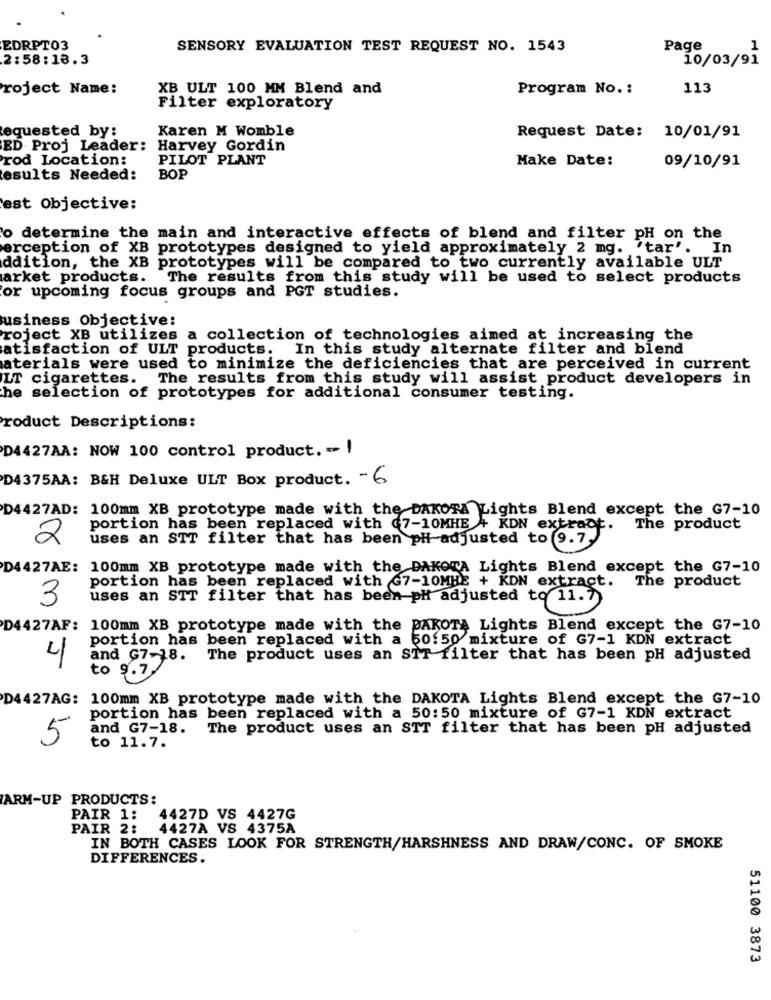
EDRPT03
SENSORY EVALUATION TEST REQUEST NO. 1543
Page
2:58:18.3
10/03/91
roject Name:
XB ULT 100 MM Blend and
Program No. :
113
Filter exploratory
Requested by:
Karen M Womble
Request Date: 10/01/91
ED Proj Leader:
Harvey Gordin
rod Location:
PILOT PLANT
Make Date:
09/10/91
esults Needed:
BOP
est Objective:
o determine the main and interactive effects of blend and filter pH on the
erception of XB prototypes designed to yield approximately 2 mg. "tar'. In
ddition, the XB prototypes will be compared to two currently available ULT
arket products.
The results from this study will be used to select products
or upcoming focus groups and PGT studies.
usiness Objective:
roject XB utilizes a collection of technologies aimed at increasing the
atisfaction of ULT products. In this study alternate filter and blend
aterials were used to minimize the deficiencies that are perceived in current
LT cigarettes. The results from this study will assist product developers in
he selection of prototypes for additional consumer testing.
roduct Descriptions:
D4427AA: NOW 100 control product. - 1
D4375AA: B&H Deluxe ULT Box product. - 6
D4427AD: 100mm XB prototype made with the DAKOTA Lights Blend except the G7-10
portion has been replaced with (7-10MHE + KDN extract.
The product
2
uses an STT filter that has been pHi adjusted to 9.7.
D4427AE: 100mm XB prototype made with the DAKOTA Lights Blend except the G7-10
portion has been replaced with G7-10MHE + KDN extract. The product
3
uses an STT filter that has been ph adjusted to 11.7
D4427AF: 100mm XB prototype made with the DAKOTA Lights Blend except the G7-10
portion has been replaced with a 50:50 mixture of G7-1 KON extract
4
and G7-18.
The product uses an STT filter that has been pH adjusted
to
9.7
D4427AG: 100mm XB prototype made with the DAKOTA Lights Blend except the G7-10
portion has been replaced with a 50:50 mixture of G7-1 KDN extract
and G7-18.
The product uses an STT filter that has been pH adjusted
5
to 11.7.
ARM-UP PRODUCTS:
PAIR 1:
4427D VS 4427G
PAIR 2:
4427A VS 4375A
IN BOTH CASES LOOK FOR STRENGTH/HARSHNESS AND DRAW/CONC. OF SMOKE
DIFFERENCES.
51100 3873